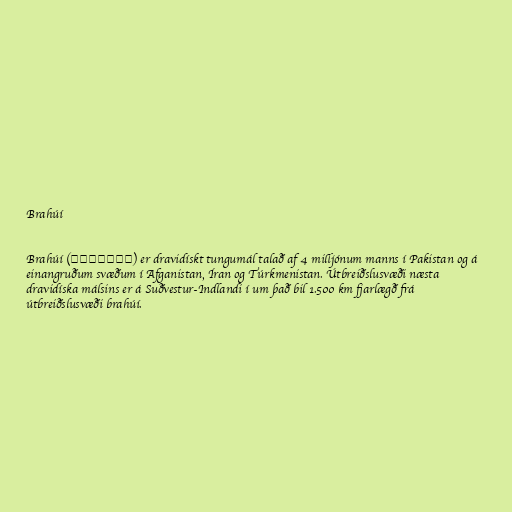
Brahúí

Brahúí (براهوئی‎) er dravidískt tungumál talað af 4 milljónum manns í Pakistan og á
einangruðum svæðum í Afganistan, Íran og Túrkmenistan. Útbreiðslusvæði næsta
dravidíska málsins er á Suðvestur-Indlandi í um það bil 1.500 km fjarlægð frá
útbreiðslusvæði brahúí.